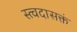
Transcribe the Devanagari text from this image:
स्त्वदासक्तं